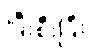
ပြီးစီးပြီး